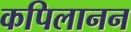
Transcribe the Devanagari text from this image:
कपिलानन